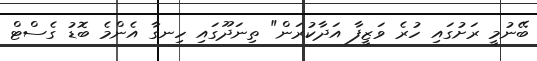
ބޭނުމީ ރަށުގައި ހުރެ ވަޒީފާ އަދާކުރަން" ތިނަދޫގައި ހިނގާ އެންމެ ބޮޑު ގެސްޓް